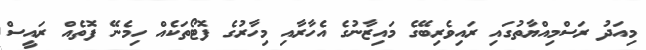
މިއަދު ރަސްމިއްޔާތުގައި ރައިވެރިބޭގެ މައިޒާނުގެ އެހާރާއި މިިހާރުގެ ފޮޓޯތަކެއް ހިމެނޭ ފޮތެއް ރައީސް